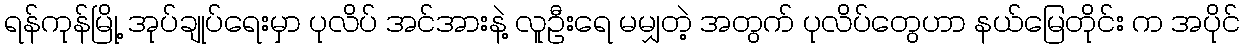
ရန်ကုန်မြို့ အုပ်ချုပ်ရေးမှာ ပုလိပ် အင်အားနဲ့ လူဦးရေ မမျှတဲ့ အတွက် ပုလိပ်တွေဟာ နယ်မြေတိုင်း က အပိုင်